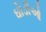
ઘોડીઓ